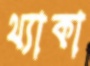
থ্যাকা